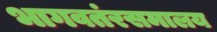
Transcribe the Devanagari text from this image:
भागवतंरसमालय